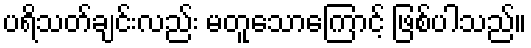
ပရိသတ်ချင်းလည်း မတူသောကြောင့် ဖြစ်ပါသည်။